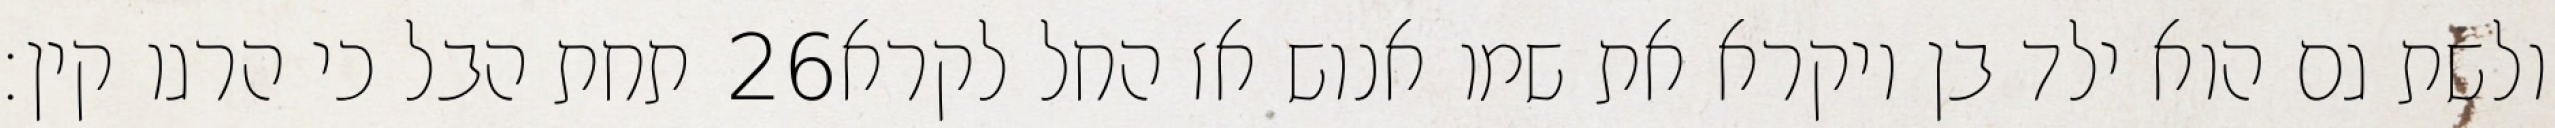
תחת הבל כי הרגו קין׃ ‎26‏ ולשת גם הוא ילד בן ויקרא את שמו אנוש אז החל לקרא